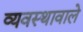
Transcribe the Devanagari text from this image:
व्यवस्थावाले